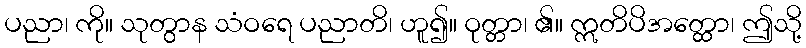
ပညာ၊ ကို။ သုတွာန သံဝရေ ပညာတိ၊ ဟူ၍။ ဝုတ္တာ၊ ၏။ ဣတိပိအတ္ထော၊ ဤသို့